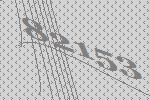
82153